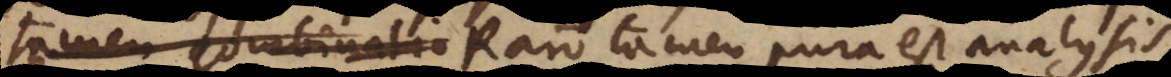
tamen combinatio Raro tamen pura est analysis,